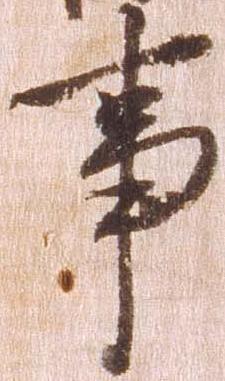
事